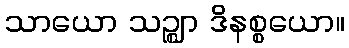
သာယော သဉ္ဈာ ဒိနစ္စယော။